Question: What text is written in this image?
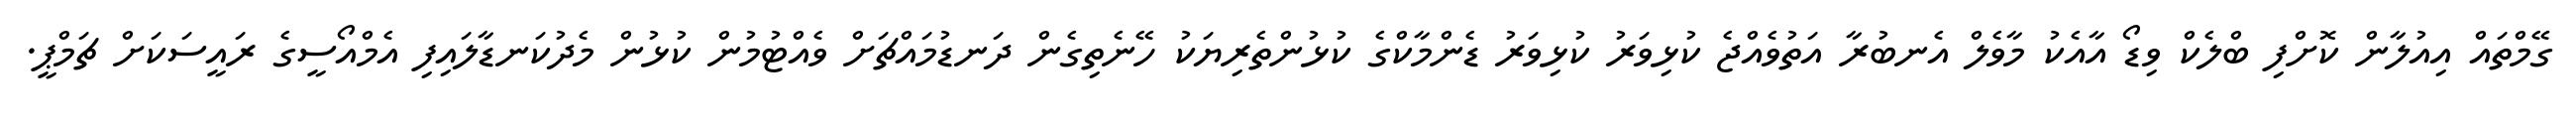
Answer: ގޭމްތައް އިއުލާން ކޮށްފި ބްލެކް ވިޑޯ އާއެކު މާވެލް އެނބުރާ އަތުވެއްޖެ ކުޅިވަރު ކުޅިވަރު ޑެންމާކްގެ ކުޅުންތެރިޔަކު ހޭނެތިގެން ދަނޑުމައްޗަށް ވެއްޓުމުން ކުޅުން މެދުކަނޑާލައިފި އެމްއޯސީގެ ރައީސަކަށް ޗަމްޕީ.